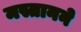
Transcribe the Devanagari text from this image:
मस्तानने